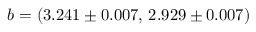
b = ( 3 . 2 4 1 \pm 0 . 0 0 7 , \, 2 . 9 2 9 \pm 0 . 0 0 7 )